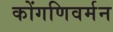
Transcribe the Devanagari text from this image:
कोंगणिवर्मन